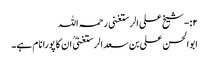
۲:-شیخ علی الرستغنی رحمہ اللہ
ابوالحسن علی بن سعد الرستغنیؒ ان کا پورا نام ہے۔